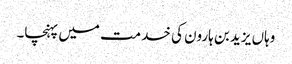
وہاں یزید بن ہارون کی خدمت میں پہنچا۔